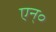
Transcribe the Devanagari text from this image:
एन्॰